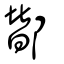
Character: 鄼